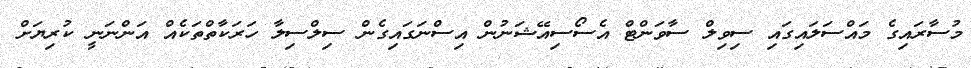
މުސާރައިގެ މައްސަލައިގައި ސިވިލް ސާވަންޓް އެސޯސިއޭޝަނުން އިސްނަގައިގެން ސިލްސިލާ ހަރަކާތްތަކެއް އަންނަނީ ކުރިޔަށް